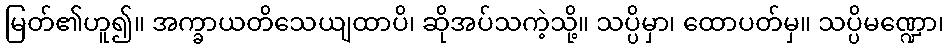
မြတ်၏ဟူ၍။ အက္ခာယတိသေယျထာပိ၊ ဆိုအပ်သကဲ့သို့။ သပ္ပိမှာ၊ ထောပတ်မှ။ သပ္ပိမဏ္ဍော၊